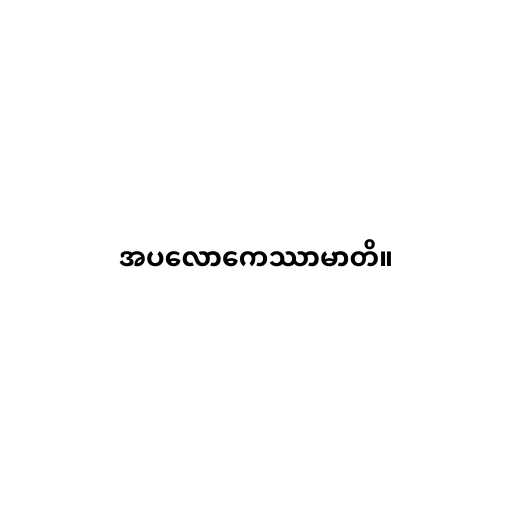
အပလောကေဿာမာတိ။